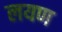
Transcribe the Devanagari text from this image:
लयण